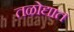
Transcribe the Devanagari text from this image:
तळोद्यात